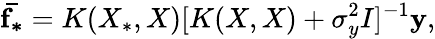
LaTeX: \mathbf{\bar{f_{*}}}=K(X_{*},X)[K(X,X)+\sigma_{y}^{2}I]^{-1}\mathbf{y},